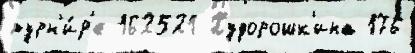
турн'и́р'е 162521 Худорошк'ина 176